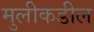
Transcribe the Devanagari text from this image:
मुलीकडील